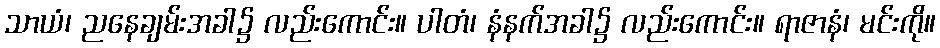
သာယံ၊ ညနေချမ်းအခါ၌ လည်းကောင်း။ ပါတံ၊ နံနက်အခါ၌ လည်းကောင်း။ ရာဇာနံ၊ မင်းကို။